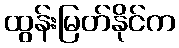
ထွန်းမြတ်နိုင်က